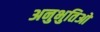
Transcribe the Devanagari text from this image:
अनुभुतिओ